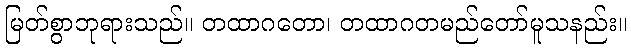
မြတ်စွာဘုရားသည်။ တထာဂတော၊ တထာဂတမည်တော်မူသနည်း။